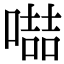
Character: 𠽻